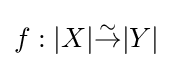
f:|X|{\overset {\sim }{\to }}|Y|